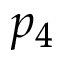
p _ { 4 }